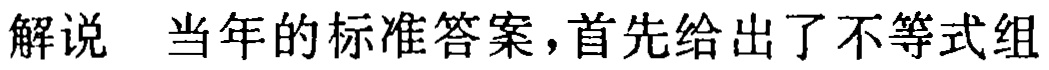
解说 当年的标准答案，首先给出了不等式组